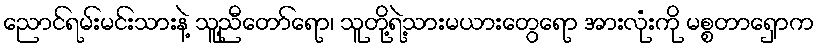
ညောင်ရမ်းမင်းသားနဲ့ သူ့ညီတော်ရော၊ သူတို့ရဲ့သားမယားတွေရော အားလုံးကို မစ္စတာရှောက